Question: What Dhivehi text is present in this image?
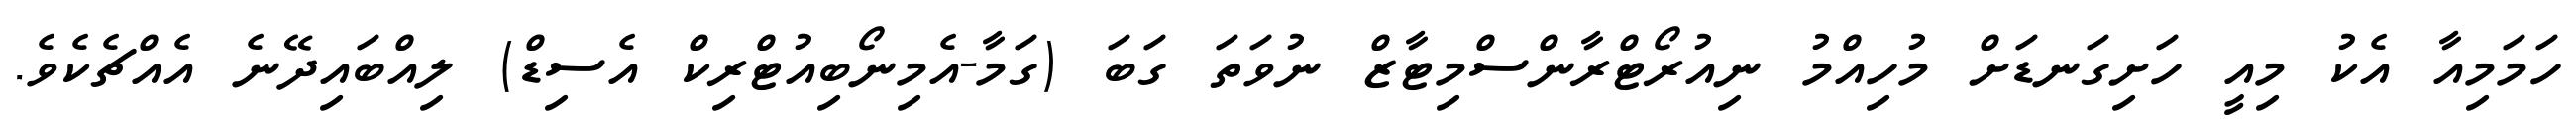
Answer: ހަމަމިއާ އެކު މިއީ ހަށިގަނޑަށް މުހިއްމު ނިއުރޯޓްރާންސްމިޓާޒް ނުވަތަ ގަބަ (ގަމާ-އެމިނޯބިއުޓްރިކް އެސިޑް) ލިއްބައިދޭނެ އެއްޗެކެވެ.